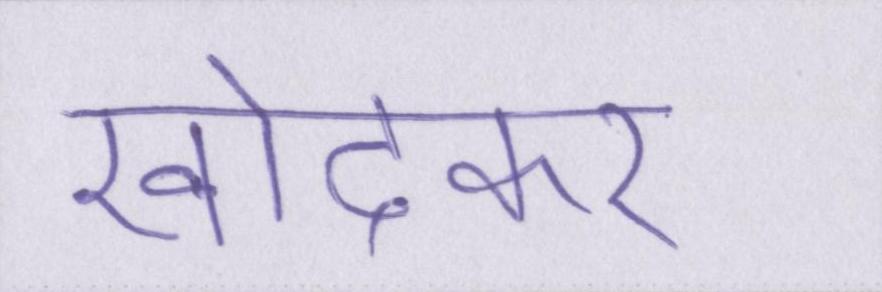
खोदकर